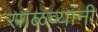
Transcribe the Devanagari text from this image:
साळव्यांनी